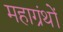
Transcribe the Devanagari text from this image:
महाग्रंथों